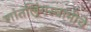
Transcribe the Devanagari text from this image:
शांतलिंगस्वामीचे